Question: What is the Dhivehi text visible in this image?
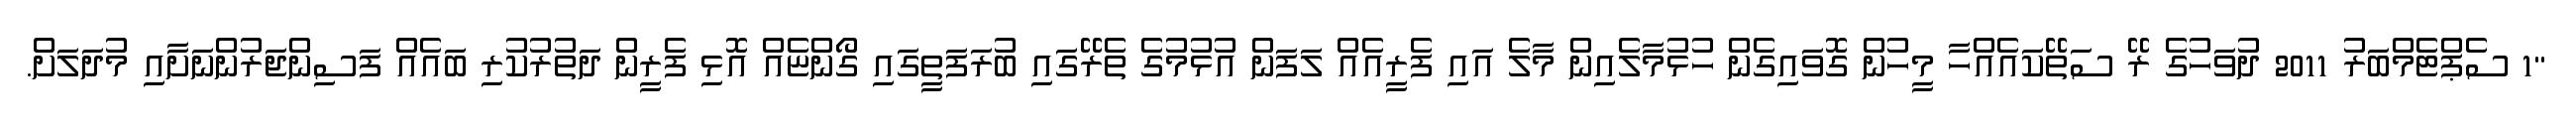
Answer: "1 ސެޕްޓެމްބަރު 2011 ދުވަހުގެ ރޭ ސަތޭކައެއްހާ މީހުން ގޮވައިގެން ހުޅުމާލެއިން މާލެ އައި ފެރީއެއް ލަފަން އުޅުމުގެ ތެރޭގައި ބުރަފަތީގައި ގޯންޏެއް އޮޅި ފެރީން ދަތުރުކުރި ބައެއް ފަސިންޖަރުންނަށާއި މުދަލަށް.